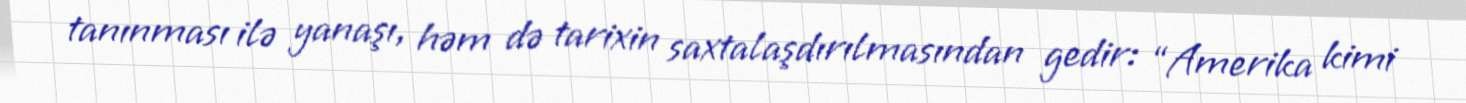
tanınması ilə yanaşı, həm də tarixin saxtalaşdırılmasından gedir: “Amerika kimi